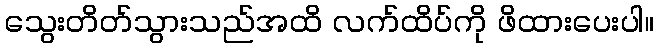
သွေးတိတ်သွားသည်အထိ လက်ထိပ်ကို ဖိထားပေးပါ။